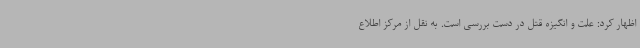
اظهار کرد: علت و انگیزه قتل در دست بررسی است. به نقل از مرکز اطلاع